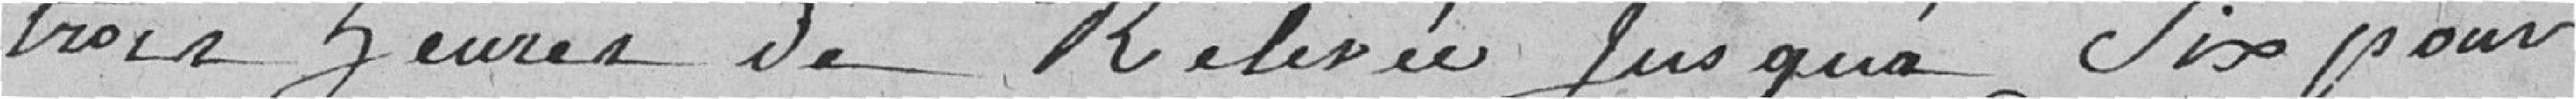
trois heures de relevée jusqu'à six pour